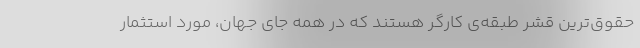
‌حقوق‌ترین قشر طبقه‌ی کارگر هستند که در همه جای جهان، مورد استثمار